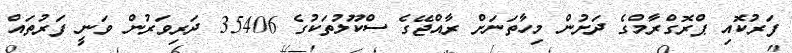
ފަރުކޮއި ޕްރޮގްރާމްގެ ދަށުން މިހާތަނަށް ރާއްޖޭގެ ސްކޫލުތަކުގެ 35406 ދަރިވަރުން ވަނީ ފަރުތައް